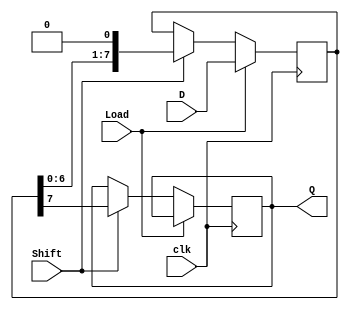
module piso_register #(
    parameter N = 8 // Number of bits for the register
)(
    input wire clk,        // Clock signal
    input wire Load,       // Load signal
    input wire Shift,      // Shift signal
    input wire [N-1:0] D,  // Parallel input data
    output reg Q           // Serial output
);

    reg [N-1:0] shift_reg;  // Internal shift register

    always @(posedge clk) begin
        if (Load) begin
            // Load parallel data into the shift register
            shift_reg <= D;
        end else if (Shift) begin
            // Shift the data out serially
            Q <= shift_reg[N-1]; // Output the MSB
            shift_reg <= {shift_reg[N-2:0], 1'b0}; // Shift left
        end
    end

endmodule